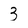
Character: 3